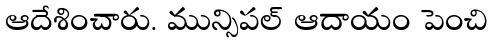
ఆదేశించారు. మున్సిపల్ ఆదాయం పెంచి